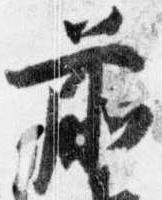
前